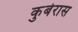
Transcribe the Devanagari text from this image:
कुबेरास